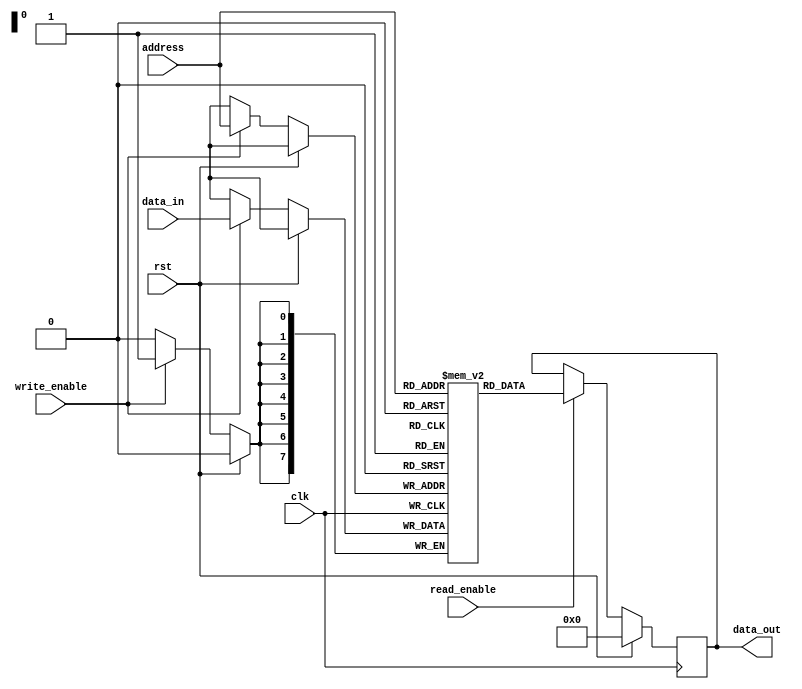
module sram(
    input wire clk,
    input wire rst,
    input wire write_enable,
    input wire read_enable,
    input wire [7:0] address,
    input wire [7:0] data_in,
    output reg [7:0] data_out
);

reg [7:0] memory [0:255]; // assuming 256 memory cells

always @(posedge clk) begin
    if(rst) begin
        data_out <= 8'b0;
    end else begin
        if(write_enable) begin
            memory[address] <= data_in;
        end
        if(read_enable) begin
            data_out <= memory[address];
        end
    end
end

endmodule